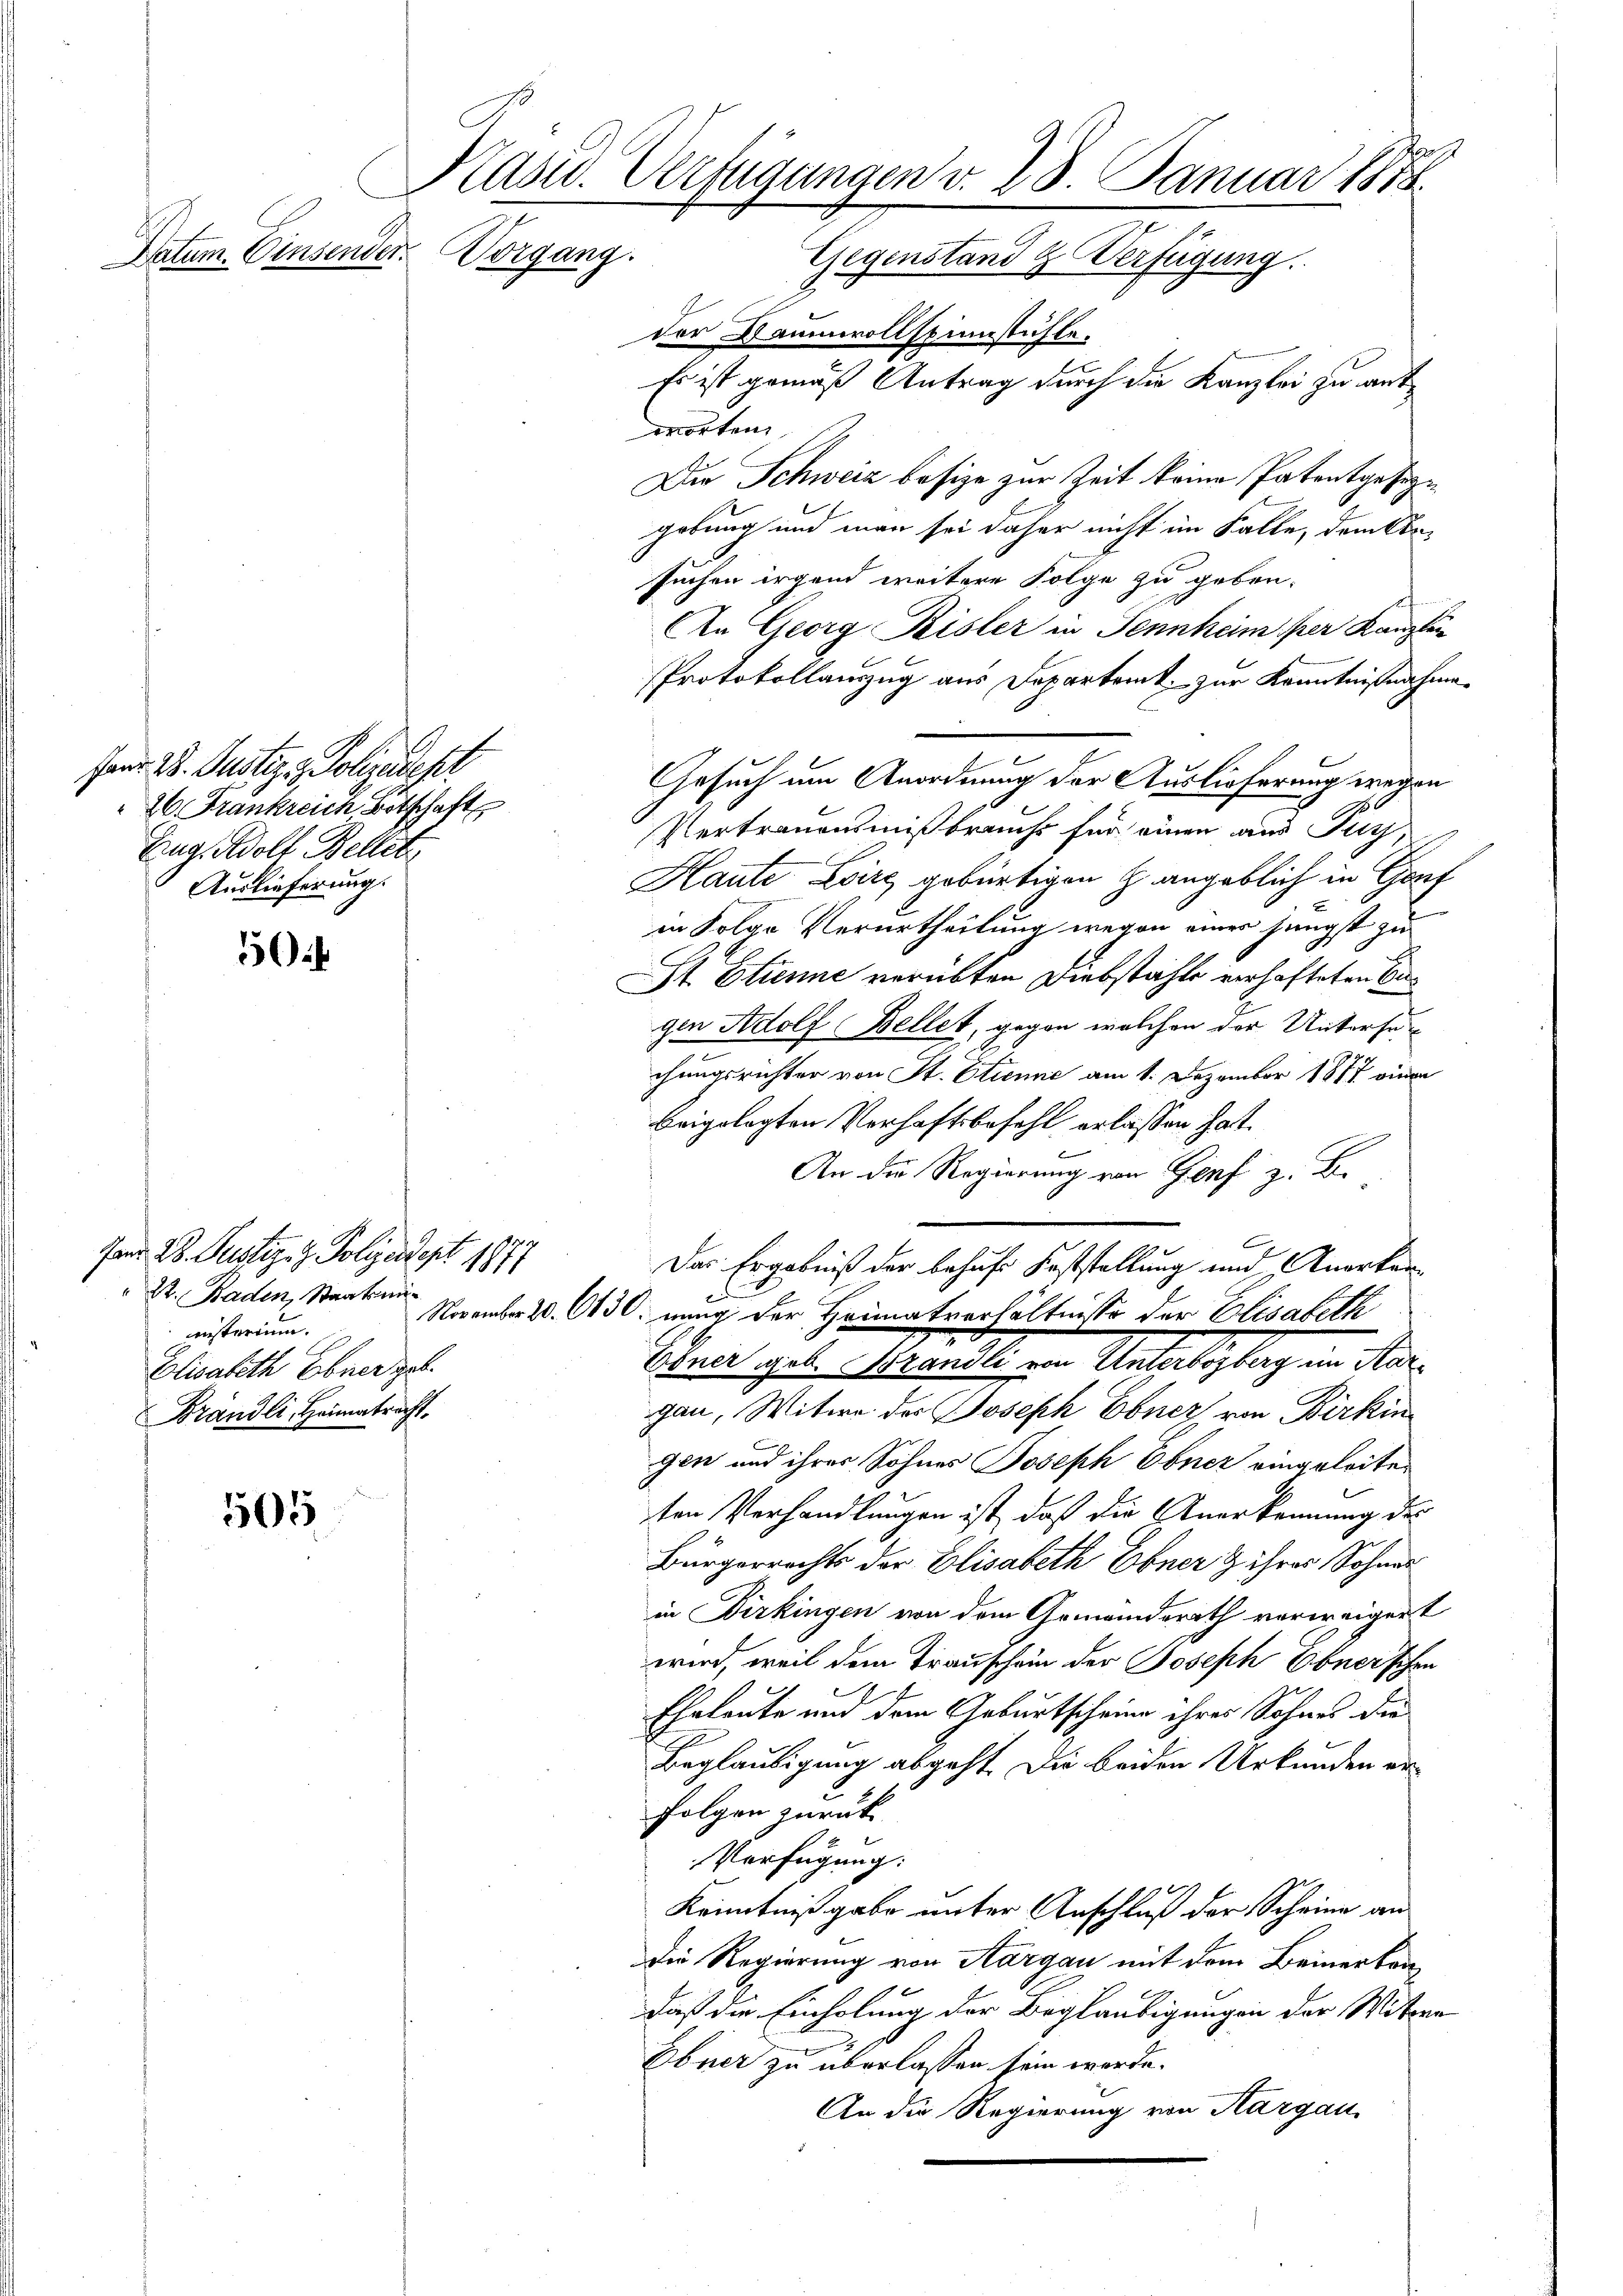
.
Kasid. Verfügungen v. 28. Januar 1878.
Batum. Einsender.
Vorgang.
Gegenstand & Verfügung.

fanr 2. Justiz & Polizeidesl
26. Frankreich Botschaft
Zug. Adolf Bellet
Auslieferung.

5

fand 28. Justiz- & Polizeidept 1877
22. Baden, Staatsmi
insterium.
Elisabeth Ebner geb.
Brändli, Heimatracht.

505

der Baumwollstinstühle.
Es ist gemäß Antrag durch die Kanzlei zu antworten
Die Schweiz besize zur Zeit keine Patentgesezgebung und man sei daher nicht im Falle, dem An-
suchen irgend weitere Folge zu geben.
An Georg Risler in Sennheim per Kanzlei
Protokollauszug aus Departemt, zur Kenntnißnahme
Gesuch um Anordnung der Auslieferung wegen
Vertrauensmißbrauchs für einen aus Pis
Haute Loire gebürtigen h. angeblich in Gouf
in Folge Verurtheilung wegen eines jüngst zu
St. Etienne verübten Diebstähle verhafteten Cagen Adolf Bellet, gegen welchen der Unterse
chungsrichter von St. Etienne am 1. Dezember 1817 einen
beigelegten Verhaftsbefehl erlassen hat.
An die Regierung von Genf z. B.
Das Ergebniß der behufs Feststellung und Anerken¬
November 20. 630 nung der Heimatverhältnisse der Elisabeth
Oden gute Markt in Untertigung in dergau, Witwe des Joseph Ebner, von Birkin
gen und ihrer Sohnes Joseph Ebner eingeleitet
ten Verhandlungen ist, daß die Anerkennung des
Bürgerrechts der Elisabeth Ebner & ihres Sohnes
in Dirkingen von dem Gemeindsrath verweigert
wird, weil dem Transchein der Joseph Ebner’schen
Eheleute und dem Geburtscheine ihres Sohnes die
Beglaubigung abgeht. Die beiden Urkunden er¬
Folgen zurück
Verfügung:
Kenntniß gabe unter Anschluß der Scheine an
die Regierung von Aargau mit dem Beinerkandaß die Einholung der Beglaubigungen der Witwen
Ebner zu überlassen sein werde.
An die Regierung von Aargau,